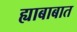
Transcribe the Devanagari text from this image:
ह्याबाबात